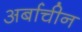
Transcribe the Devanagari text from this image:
अर्बाचीन